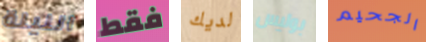
الليلة فقط لديك بوليس الجحيم